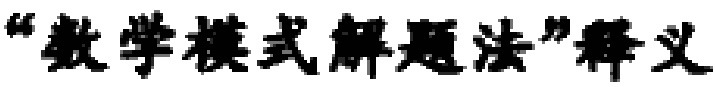
“数学模式解题法”释义